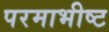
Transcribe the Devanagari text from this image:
परमाभीष्ट